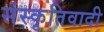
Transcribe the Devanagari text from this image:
संस्कृतिवादी